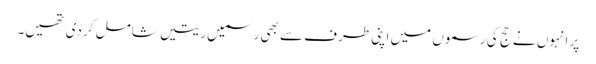
پر انہوں نے حج کی رسموں میں اپنی طرف سے بھی رسمیں ریتیں شامل کر دی تھیں۔